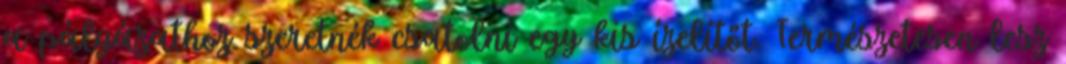
a pályázathoz szeretnék csatolni egy kis ízelítőt. Természetesen lesz